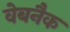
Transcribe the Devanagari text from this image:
वेबनैक